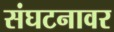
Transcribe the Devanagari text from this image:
संघटनावर